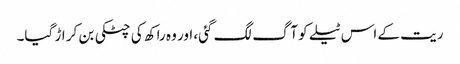
ریت کے اس ٹیلے کو آگ لگ گئی، اور وہ راکھ کی چٹکی بن کر اڑ گیا۔